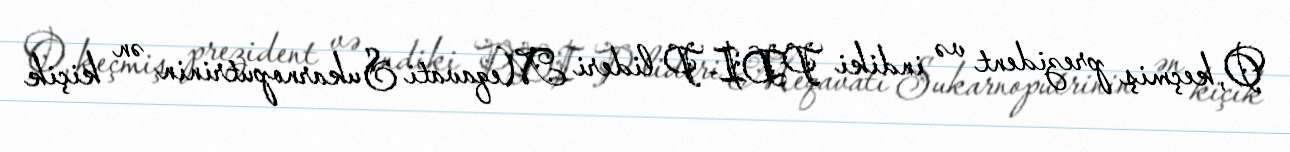
O, keçmiş prezident və indiki PDI-P lideri Meqavati Sukarnoputrinin ən kiçik